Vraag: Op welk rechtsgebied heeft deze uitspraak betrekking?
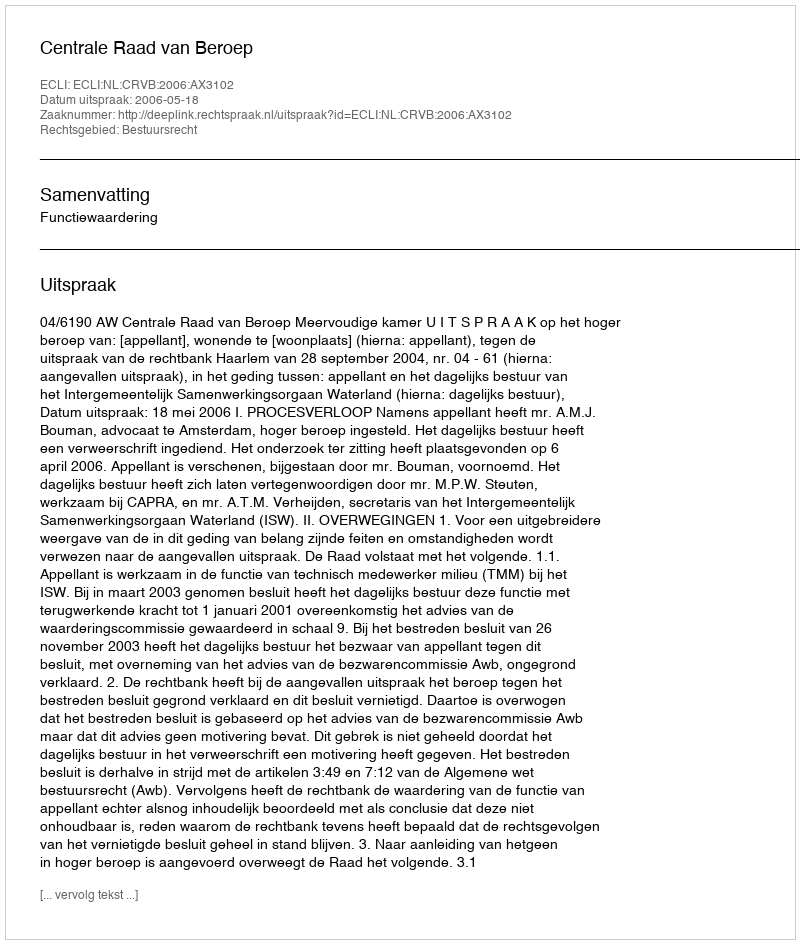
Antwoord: Bestuursrecht